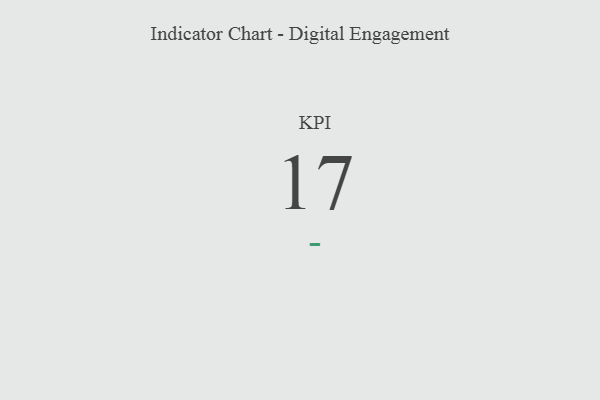
{"axis": {"x": "KPI", "y": "Value"}, "legend": [""], "data": [{"x": "KPI", "y": 17, "type": ""}]}